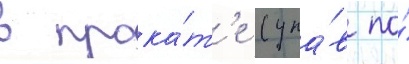
в прока́т'е (упа́в по́